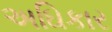
અઘિકાર